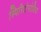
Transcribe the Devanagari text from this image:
स्पिरिदोनोविच